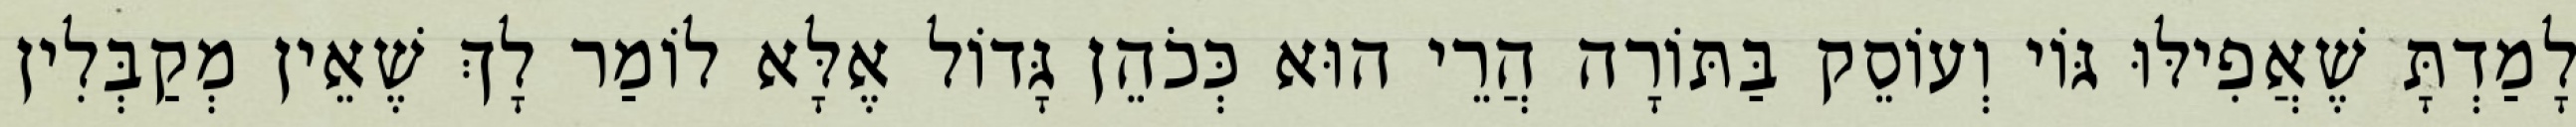
לָמַדְתָּ שֶׁאֲפִילּוּ גּוֹי וְעוֹסֵק בַּתּוֹרָה הֲרֵי הוּא כְּכֹהֵן גָּדוֹל אֶלָּא לוֹמַר לָךְ שֶׁאֵין מְקַבְּלִין